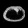
Digit: ၀